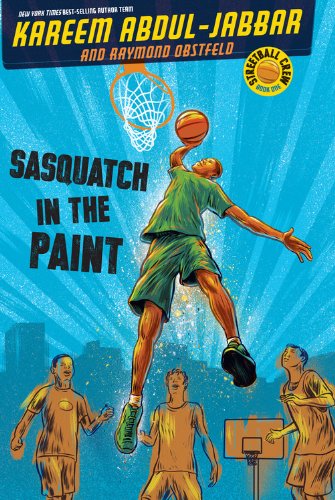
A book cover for Streetball Crew Book One Sasquatch in the Paint; Kareem Abdul-Jabbar; Children's Books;